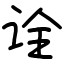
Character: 诠